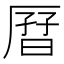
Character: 𫨗